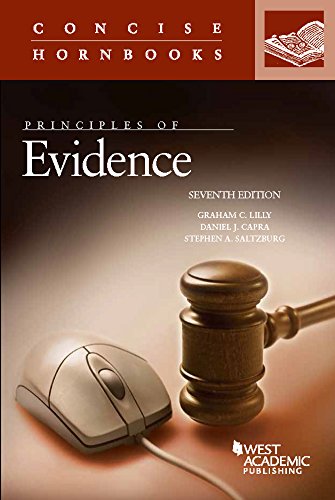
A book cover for Principles of Evidence (Concise Hornbook Series); Graham Lilly; Law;